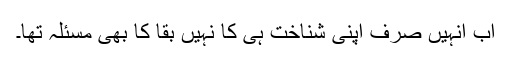
اب انہیں صرف اپنی شناخت ہی کا نہیں بقا کا بھی مسئلہ تھا۔